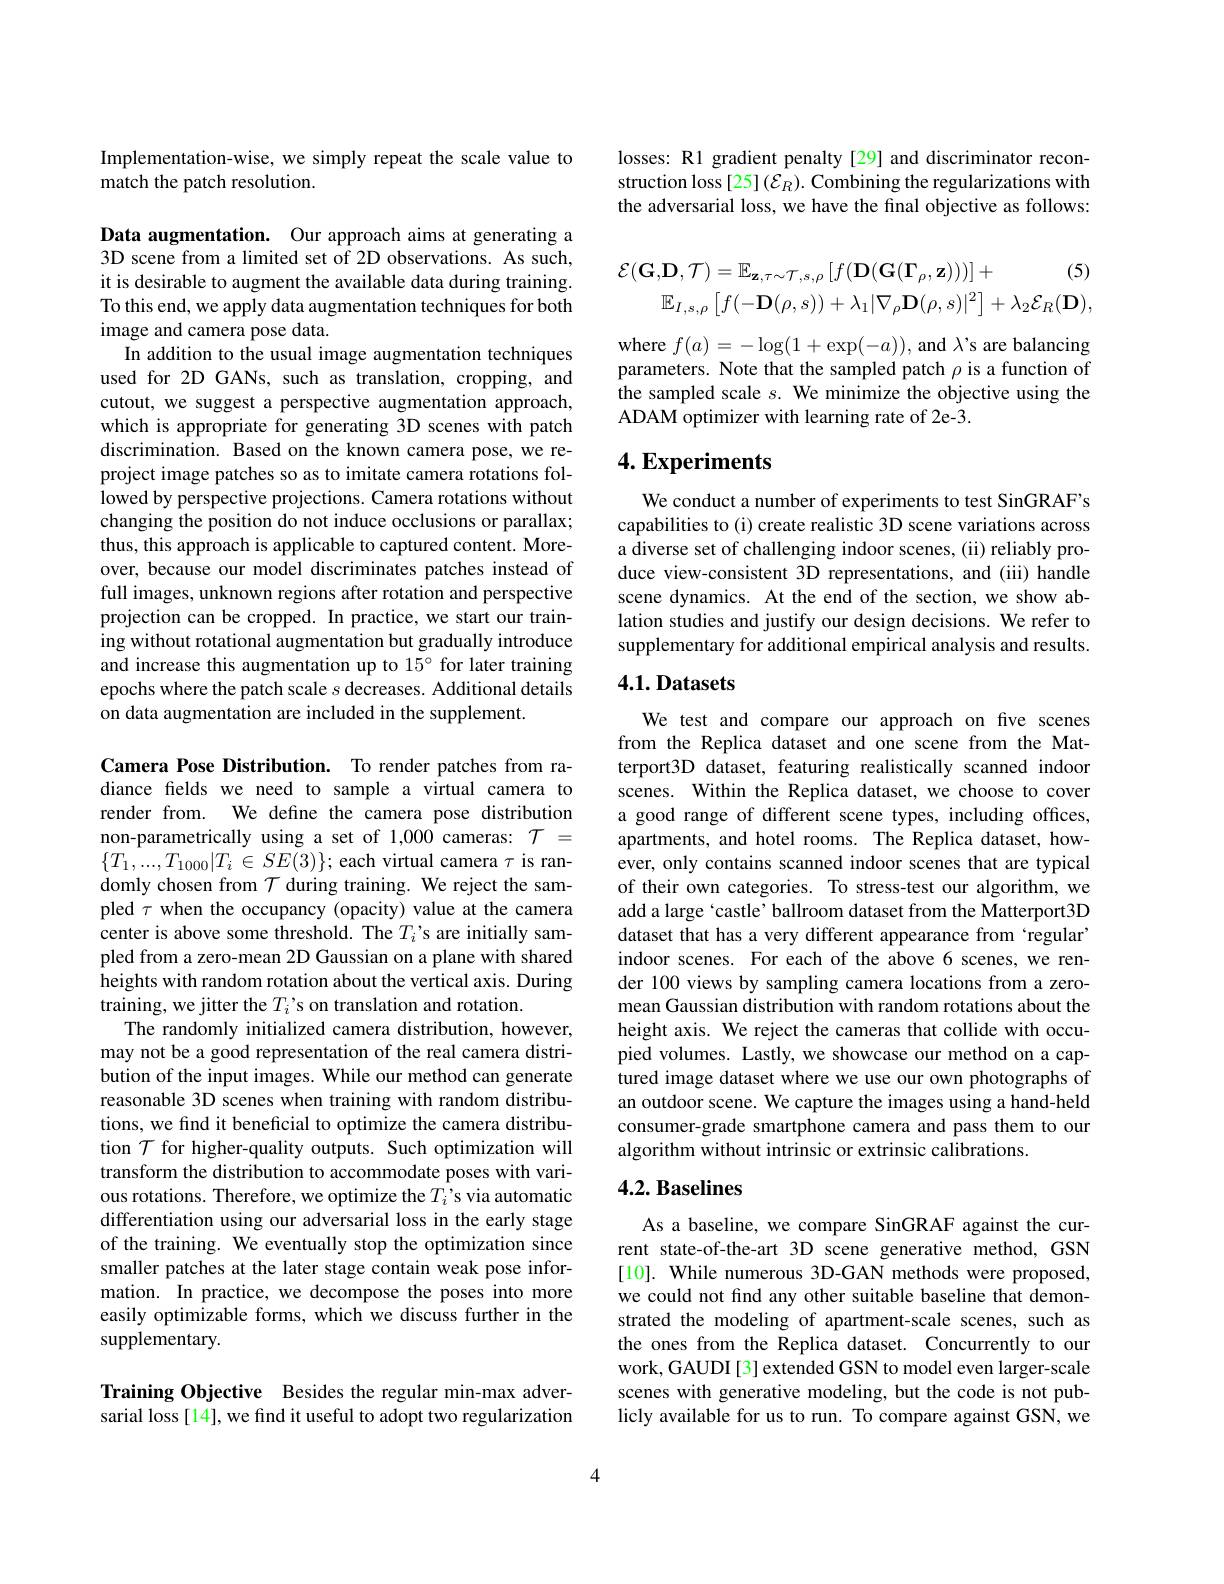
Implementation-wise, we simply repeat the scale value to
match the patch resolution.

Data augmentation. Our approach aims at generating a 3D scene from a limited set of 2D observations. As such, it is desirable to augment the available data during training. To this end, we apply data augmentation techniques for both image and camera pose data.
In addition to the usual image augmentation techniques used for 2D GANs, such as translation, cropping, and cutout, we suggest a perspective augmentation approach, which is appropriate for generating 3D scenes with patch discrimination. Based on the known camera pose, we reproject image patches so as to imitate camera rotations followed by perspective projections. Camera rotations without changing the position do not induce occlusions or parallax; thus, this approach is applicable to captured content. Moreover, because our model discriminates patches instead of full images, unknown regions after rotation and perspective projection can be cropped. In practice, we start our training without rotational augmentation but gradually introduce and increase this augmentation up to 15° for later training epochs where the patch scale s decreases. Additional details on data augmentation are included in the supplement.

Camera Pose Distribution. To render patches from radiance felds we need to sample a virtual camera to render from. We define the camera pose distribution non-parametrically using a set of 1,000 cameras: $\mathcal{T}=$ $\{T_{1},...,T_{1000}|T_{i}\in SE(3)\};$ each virtual camera $\tau$ is randomly chosen from $\mathcal{T}$ during training. We reject the sampled $\tau$ when the occupancy (opacity) value at the camera center is above some threshold. The $T_i’$s are initially sampled from a zero-mean 2D Gaussian on a plane with shared $\hat{\text{heights with random rotation about the vertical axis. During}}$ training, we jitter the $T_i’$s on translation and rotation.
The randomly initialized camera distribution, however, may not be a good representation of the real camera distribution of the input images. While our method can generate reasonable 3D scenes when training with random distributions, we find it beneficial to optimize the camera distribution $\mathcal{T}$ for higher-quality outputs. Such optimization will transform the distribution to accommodate poses with various rotations. Therefore, we optimize the $T_i’$s via automatic differentiation using our adversarial loss in the early stage of the training. We eventually stop the optimization since smaller patches at the later stage contain weak pose information. In practice, we decompose the poses into more easily optimizable forms, which we discuss further in the supplementary.

Training Objective Besides the regular min-max adversarial loss[14], we find it useful to adopt two regularization

losses: R1 gradient penalty[29] and discriminator reconstruction loss [25]($\mathcal{E}_R).$ Combining the regularizations with the adversarial loss, we have the final objective as follows:
$$\mathcal{E}(\mathbf{G},\mathbf{D},\mathcal{T})=\mathbb{E}_{\mathbf{z},\tau\sim\mathcal{T},s,\rho}\left[f(\mathbf{D}(\mathbf{G}(\mathbf{\Gamma}_{\rho},\mathbf{z})))\right]+\text{(5)}\\\mathbb{E}_{I,s,\rho}\left[f(-\mathbf{D}(\rho,s))+\lambda_{1}|\nabla_{\rho}\mathbf{D}(\rho,s)|^{2}\right]+\lambda_{2}\mathcal{E}_{R}(\mathbf{D}),$$
where $f(a)=-\log(1+\exp(-a))$, and $\lambda$'s are balancing parameters. Note that the sampled patch $\rho$ is a function of the sampled scale $s.$ We minimize the objective using the ADAM optimizer with learning rate of 2e-3.

## $4. \textbf{Experiments}$

We conduct a number of experiments to test SinGRAF's capabilities to (i) create realistic 3D scene variations across a diverse set of challenging indoor scenes, (ii) reliably produce view-consistent 3D representations, and (iii) handle scene dynamics. At the end of the section, we show ablation studies and justify our design decisions. We refer to supplementary for additional empirical analysis and results.

# 4.1. Datasets

We test and compare our approach on five scenes from the Replica dataset and one scene from the Matterport3D dataset, featuring realistically scanned indoor scenes. Within the Replica dataset, we choose to cover a good range of different scene types, including offices, apartments, and hotel rooms. The Replica dataset, however, only contains scanned indoor scenes that are typical of their own categories. To stress-test our algorithm, we add a large `castle' ballroom dataset from the Matterport3D dataset that has a very different appearance from ‘regular’ indoor scenes. For each of the above 6 scenes, we render 100 views by sampling camera locations from a zeromean Gaussian distribution with random rotations about the height axis. We reject the cameras that collide with occupied volumes. Lastly, we showcase our method on a captured image dataset where we use our own photographs of an outdoor scene. We capture the images using a hand-held consumer-grade smartphone camera and pass them to our algorithm without intrinsic or extrinsic calibrations.

# 4.2. Baselines

As a baseline, we compare SinGRAF against the current state-of-the-art 3D scene generative method, GSN [10]. While numerous 3D-GAN methods were proposed, we could not find any other suitable baseline that demonstrated the modeling of apartment-scale scenes, such as the ones from the Replica dataset. Concurrently to our work, GAUDI[3] extended GSN to model even larger-scale scenes with generative modeling, but the code is not publicly available for us to run. To compare against GSN, we

4